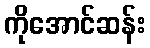
ကိုအောင်ဆန်း